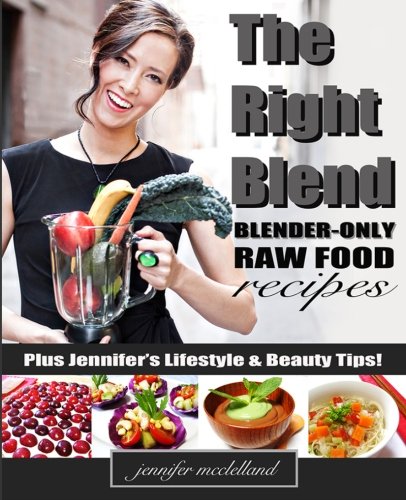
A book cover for The Right Blend: Blender-only Raw Food Recipes; Ms. Jennifer McClelland; Cookbooks, Food & Wine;